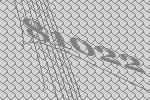
81022